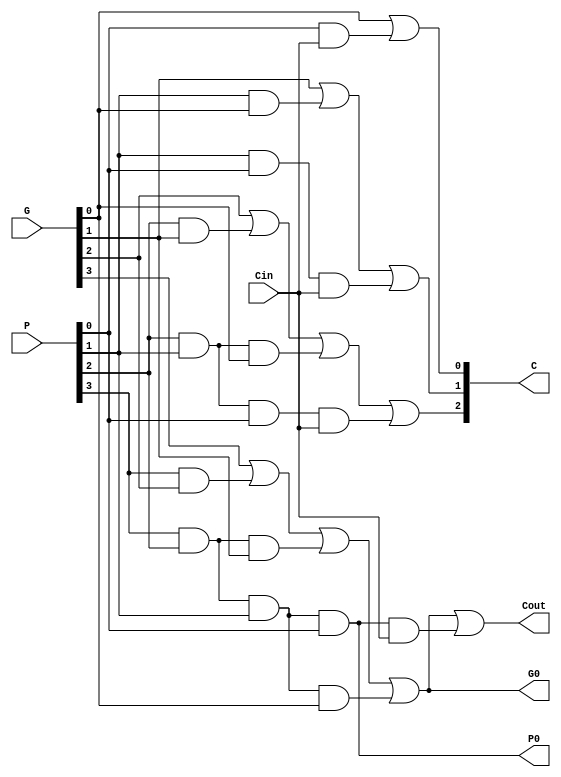
`timescale 1ns / 1ps
//////////////////////////////////////////////////////////////////////////////////
// Company: 
// Engineer: 
// 
// Design Name: 
// Module Name:    CLA 
// Project Name: 
// Target Devices: 
// Tool versions: 
// Description: 
//
// Dependencies: 
//
// Revision: 
// Revision 0.01 - File Created
// Additional Comments: 
//
//////////////////////////////////////////////////////////////////////////////////
module CLALogic (G, P, Cin, C, Cout, P0, G0);
   input [3:0] G;
   input [3:0] P;
   input Cin;
   output [3:1] C;
   output Cout;
   output P0;
   output G0;
   wire G_temp;
   wire P_temp;
   assign C[1] = G[0] | (P[0] & Cin);
   assign C[2] = G[1] | (P[1] & G[0])| (P[1] & P[0] & Cin);
   assign C[3] = G[2] | (P[2] & G[1]) | (P[2] & P[1] & G[0])| (P[2] & P[1] & P[0] & Cin);
   assign P_temp = P[3] & P[2] & P[1] & P[0];
   assign G_temp = G[3] | (P[3] & G[2]) | (P[3] & P[2] & G[1]) | (P[3] & P[2] & P[1] & G[0]);
   assign Cout = G_temp | (P_temp & Cin);
   assign P0 = P_temp;
   assign G0 = G_temp;
endmodule